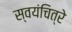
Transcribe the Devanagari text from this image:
स्वयंचित्रे